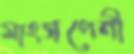
মাংসপেশী